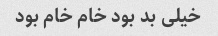
خیلی بد بود خام خام بود